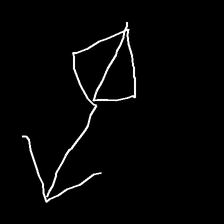
Glyph: focus